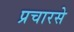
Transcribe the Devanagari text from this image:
प्रचारसे